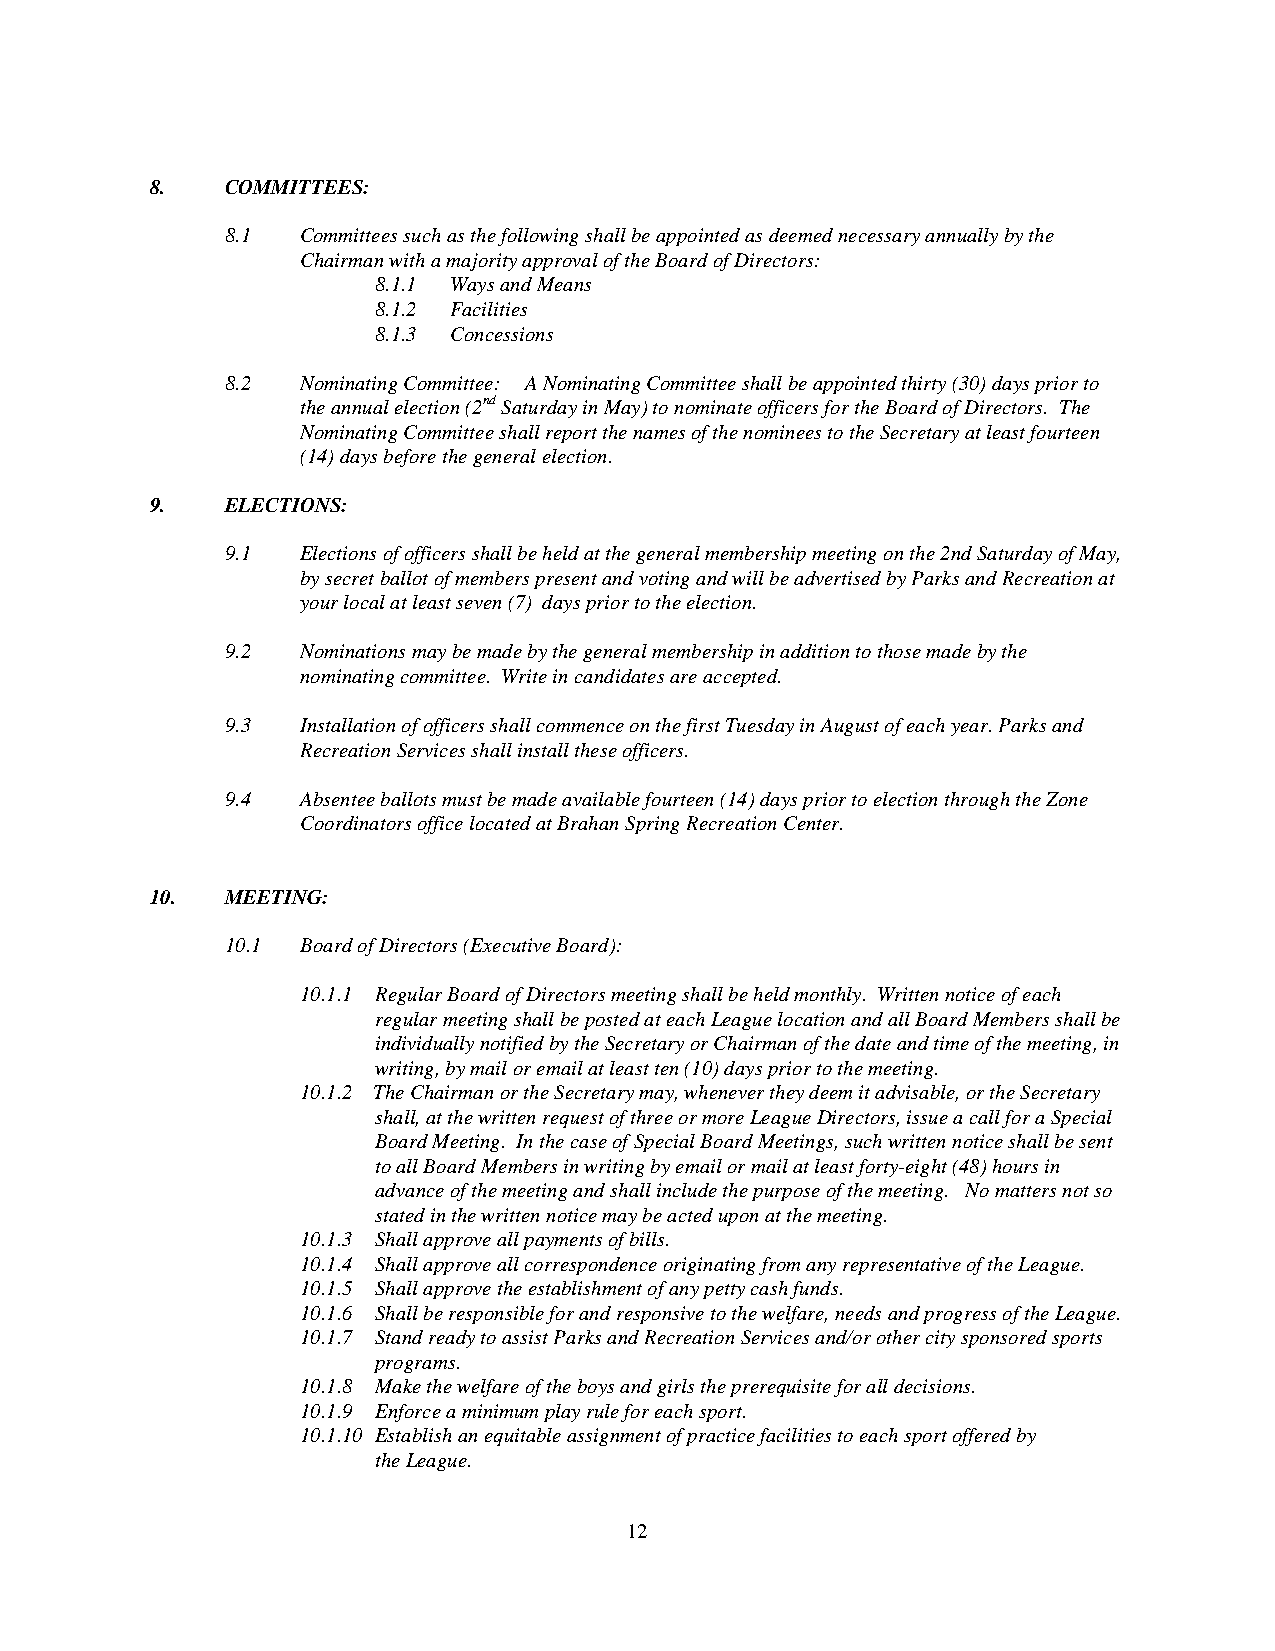
8.   COMMITTEES:
 8.1  Committees such as the following shall be appointed as deemed necessary annually by the
 Chairman with a majority approval of the Board of Directors:
 8.1.1 Ways and Means
 8.1.2 Facilities
 8.1.3 Concessions
 8.2  Nominating Committee: A Nominating Committee shall be appointed thirty (30) days prior to
 the annual election (2nd Saturday in May) to nominate officers for the Board of Directors. The
 Nominating Committee shall report the names of the nominees to the Secretary at least fourteen
 (14) days before the general election.
 9.   ELECTIONS:
 9.1  Elections of officers shall be held at the general membership meeting on the 2nd Saturday of May,
 by secret ballot of members present and voting and will be advertised by Parks and Recreation at
 your local at least seven (7) days prior to the election.
 9.2  Nominations may be made by the general membership in addition to those made by the
 nominating committee. Write in candidates are accepted.
 9.3  Installation of officers shall commence on the first Tuesday in August of each year. Parks and
 Recreation Services shall install these officers.
 9.4  Absentee ballots must be made available fourteen (14) days prior to election through the Zone
 Coordinators office located at Brahan Spring Recreation Center.
 10.  MEETING:
 10.1 Board of Directors (Executive Board):
 10.1.1 Regular Board of Directors meeting shall be held monthly. Written notice of each
 regular meeting shall be posted at each League location and all Board Members shall be
 individually notified by the Secretary or Chairman of the date and time of the meeting, in
 writing, by mail or email at least ten (10) days prior to the meeting.
 10.1.2 The Chairman or the Secretary may, whenever they deem it advisable, or the Secretary
 shall, at the written request of three or more League Directors, issue a call for a Special
 Board Meeting. In the case of Special Board Meetings, such written notice shall be sent
 to all Board Members in writing by email or mail at least forty-eight (48) hours in
 advance of the meeting and shall include the purpose of the meeting. No matters not so
 stated in the written notice may be acted upon at the meeting.
 10.1.3 Shall approve all payments of bills.
 10.1.4 Shall approve all correspondence originating from any representative of the League.
 10.1.5 Shall approve the establishment of any petty cash funds.
 10.1.6 Shall be responsible for and responsive to the welfare, needs and progress of the League.
 10.1.7 Stand ready to assist Parks and Recreation Services and/or other city sponsored sports
 programs.
 10.1.8 Make the welfare of the boys and girls the prerequisite for all decisions.
 10.1.9 Enforce a minimum play rule for each sport.
 10.1.10 Establish an equitable assignment of practice facilities to each sport offered by
 the League.
 12